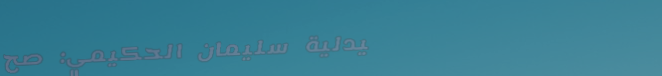
صيدلية سليمان الحكيمي: صح